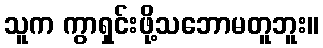
သူက ကွာရှင်းဖို့သဘောမတူဘူး။